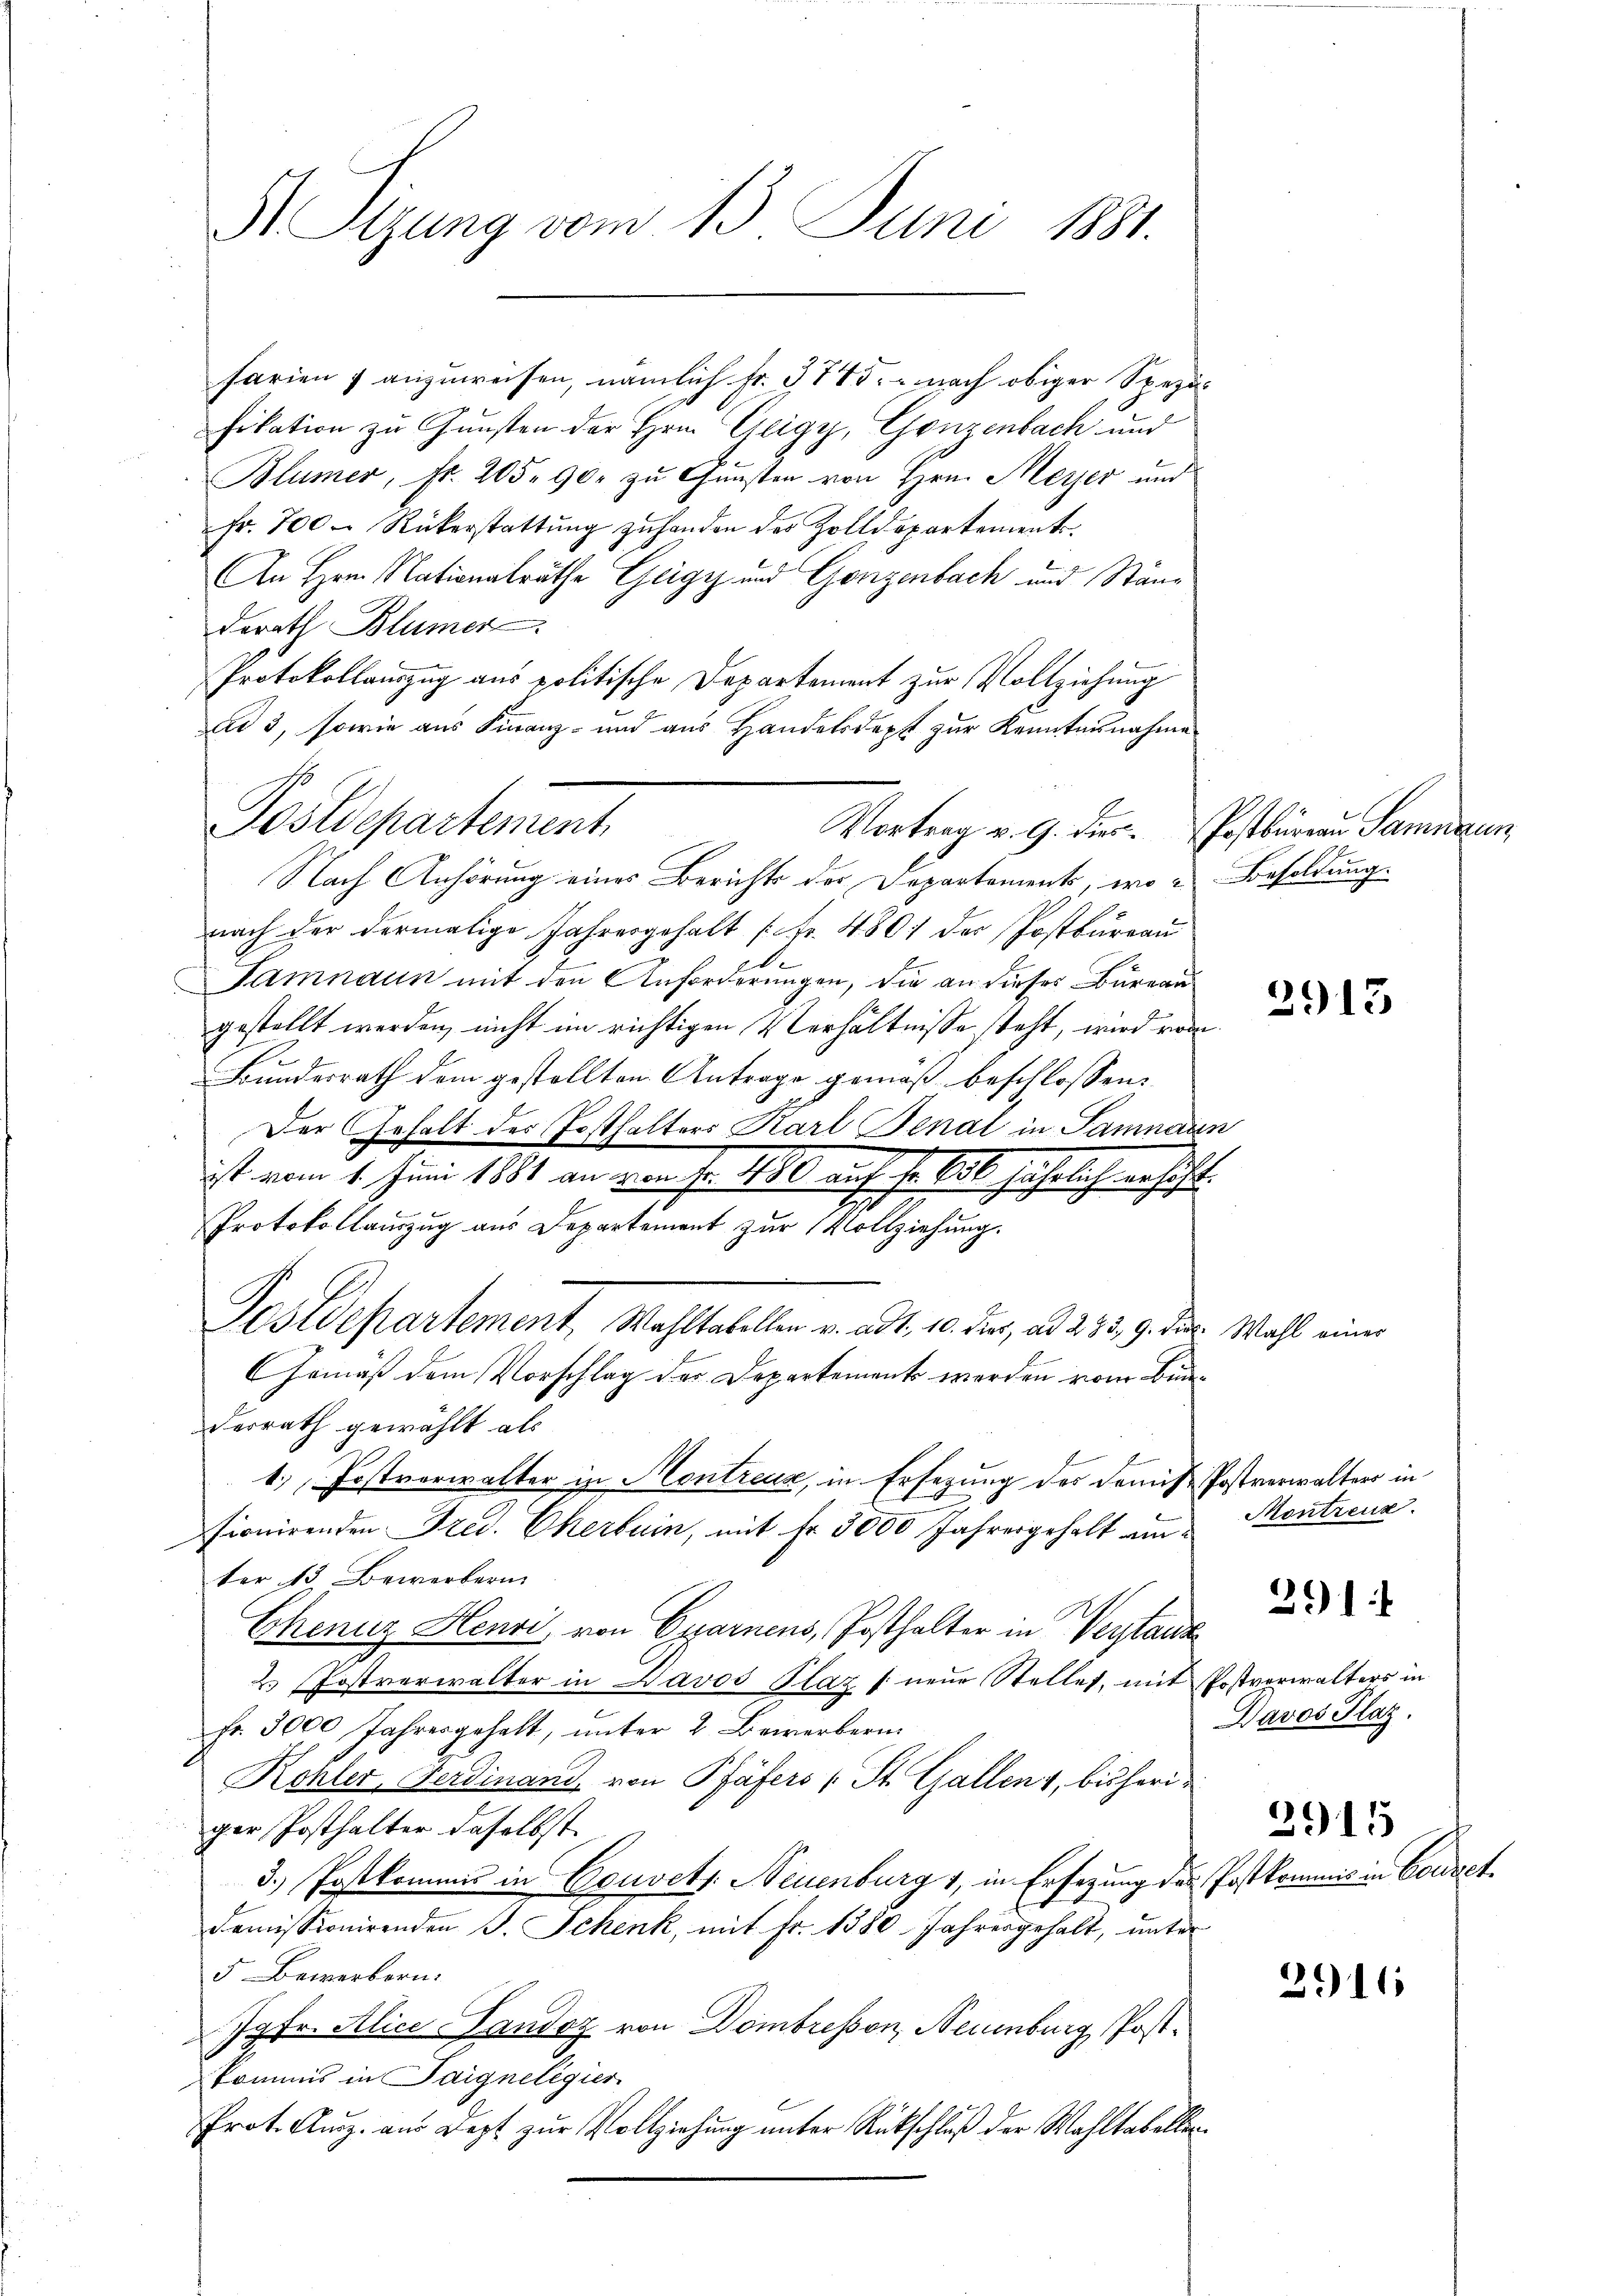
H Sizung vom 13. Juni 1881.

farien & anzuweisen, nämlich Fr. 375. nach obiger Spezufikation zu Gunsten der Hrn. Gligy, Ganzenbach und
Blümer, fr. 205. 90 zu Gunsten von Hrn. Meyer und
Fr. 700. Rückerstattŭng zŭ handen des Zolldepartement
An Hrn. Nationalräthe Geigy und Ganzenbach und Ständ
derath Blümer
2
Protokollauszug aus politische Departement zur Vollziehung
ad 3, sowie aus Finanz- und aus Handelsdept zur Kenntnisnahme
Nach Anhörung eines Berichts der Departements, wo Besoldung.
nach der dermalige Jahresgehalt [Fr. 4801 der Postbureau
.
Famnaun mit den Anforderungen, die an dieses Büreau
gestellt werden, nicht im richtigen Verhältnisse steht, wird vom
ho
Bundesrath dem gestellten Antrage gemäß beschlossen:
Der Gehalt der Posthalters Karl Benal in Samnaun
ist vom 1. Juni 1881 an von Fr. 450 auf fr. 600 jährlich erhöht.
Protokollauszug aus Departement zur Vollziehung.
Postdepartement, Wahltabeller v. ad 1. 10. Fr. ad 293. 9. der Wahl ein
GGemäß dem Vorschlag der Departement werden vom Bunderrath gewählt als
1. Postverwalter in Kontreux, in Ersezung des damit Postverwalter in
fionirenden Fred. Cherbein, mit Fr. 3000 Jahresgehalt am
ter 13 Bewerbern
Chenuz Henri von Csarnens, Posthalter in Verstanz
2. Postverwalter in Davos Plaz (neue Stellet, mit Postverwalters in
Fr. 3000 Jahresgehalt, unter 2 Bewerbern
Kohler, Ferdinand, von Pfäfers (St. Gallenz, bisheriger Posthalter daselbst.
3.) Postkommes in Couvets. Neuenburg 1, in Ersezung des Postkommis in Cordret
Demissionirenden J. Schenk, mit Fr. 1380 Jahresgehalt, unter
5. Bewerbern.
Jgfr. Alice Landoz von Dombresson, Neuenburg Postkommis in Paigneligier
Prot. Ausz. aus Dept zur Vollziehung unter Rückschluß der Wahltabellen¬

Postdepartement

Vortrag v. 9. Der Postbüreau Samnaun,

2913

Montreuz.

26)

Davos Hlaz.

2915

2911